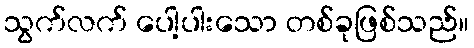
သွက်လက် ပေါ့ပါးသော တစ်ခုဖြစ်သည်။